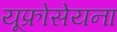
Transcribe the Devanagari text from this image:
यूफ्रोसेयना